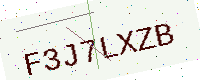
Text: F3J7LXZB